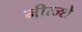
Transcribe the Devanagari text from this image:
नीत्ज्शे